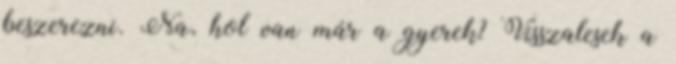
beszerezni. Na, hol van már a gyerek? Visszalesek a